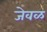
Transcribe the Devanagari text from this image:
जेवळ